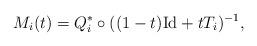
LaTeX: \begin{align*}M_i(t) = Q^*_i \circ ((1-t) \mathrm{Id} + t T_i)^{-1}, \end{align*}